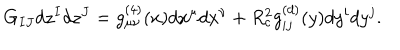
G _ { I J } d z ^ { I } d z ^ { J } = g _ { \mu \nu } ^ { ( 4 ) } ( x ) d x ^ { \mu } d x ^ { \nu } + R _ { c } ^ { 2 } g _ { i j } ^ { ( d ) } ( y ) d y ^ { i } d y ^ { j } .